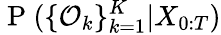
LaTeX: \mathrm{~P~}(\{ \mathcal{O}_{k}\} _{k=1}^{K}|X_{0:T})